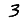
Digit: 3